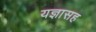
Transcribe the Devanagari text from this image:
यज्ञासह